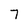
Character: 7